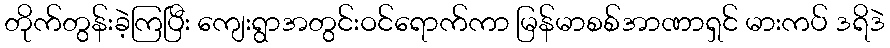
တိုက်တွန်းခဲ့ကြပြီး ကျေးရွာအတွင်းဝင်ရောက်ကာ မြန်မာစစ်အာဏာရှင် မားကပ် ဒရိဒဲ